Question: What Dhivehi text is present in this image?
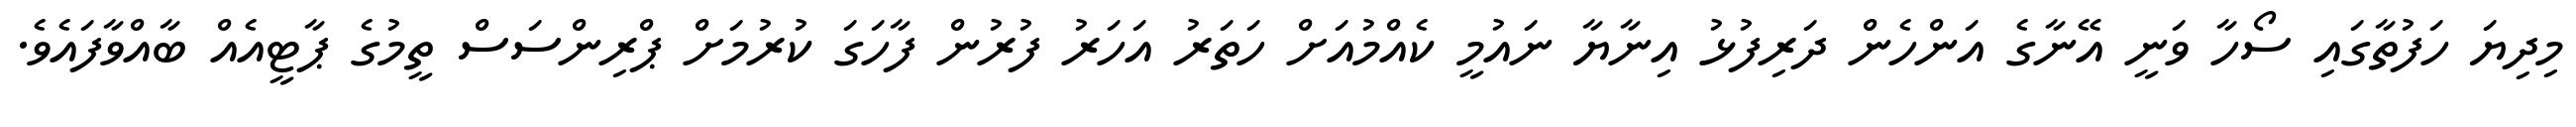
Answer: މިދިޔަ ހަފުތާގައި ސޯހާ ވަނީ އޭނާގެ އަންހެން ދަރިފުޅު އިނާޔާ ނައުމީ ކެއްމުއަށް ހަތަރު އަހަރު ފުރުން ފާހަގަ ކުރުމަށް ޕްރިންސަސް ތީމުގެ ޕާޓީއެއް ބާއްވާފައެވެ.